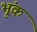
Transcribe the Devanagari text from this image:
भूंक